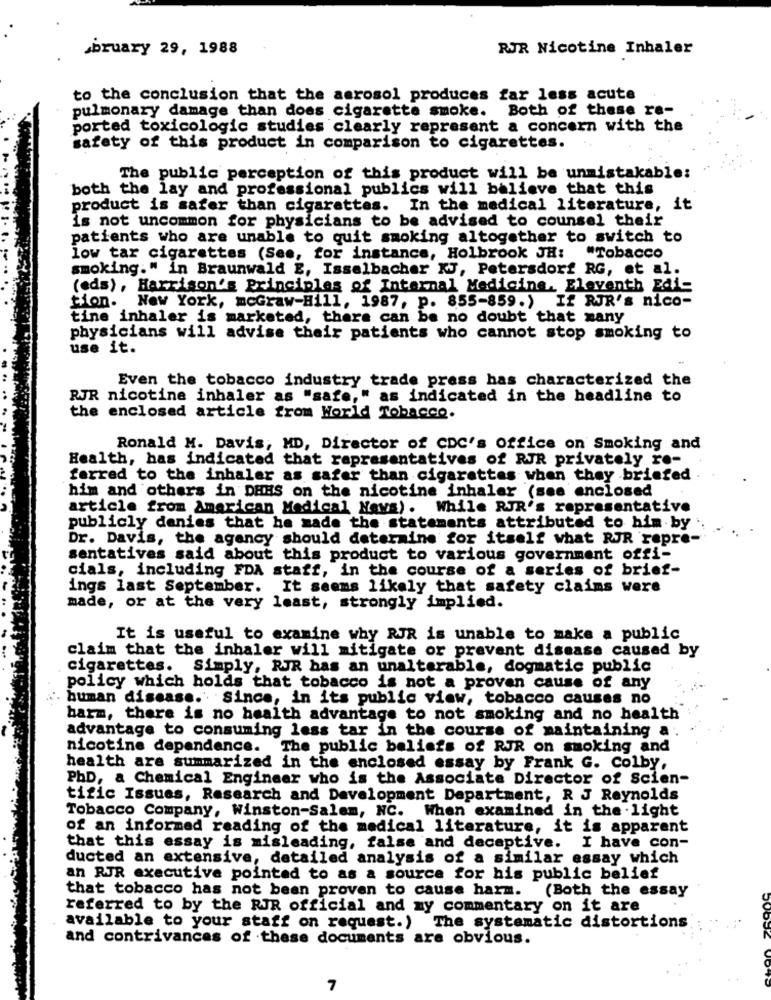
bruary 29, 1988
RJR Nicotine Inhaler
to the conclusion that the aerosol produces far less acute
pulmonary damage than does cigarette smoke. Both of these ra-
ported toxicologic studies clearly represent a concern with the
safety of this product in comparison to cigarettes.
The public perception of this product will be unmistakable:
both the lay and professional publics will believe that this
product is safer than cigarettes. In the medical literature,
it
is not uncommon for physicians to be advised to counsel their
patients who are unable to quit smoking altogether to switch to
low tar cigarettes (See, for instance, Holbrook JH:
"Tobacco
smoking." in Braunwald E, Isselbacher X, Petersdorf RG, et al.
(eds), Harrison's Principles of Internal Medicine, Eleventh Edie
tion. New York, mcGraw-Hill, 1987, p. 855-859.) If RJR's nico-
tine inhaler is marketed, there can be no doubt that zany
physicians will advise their patients who cannot stop smoking to
use it.
Even the tobacco industry trade press has characterized the
RJR nicotine inhaler as "safe," as indicated in the headline to
the enclosed article from World Tobacco.
Ronald M. Davis, MD, Director of CDC's Office on Smoking and
Health, has indicated that representatives of RJR privately re-
ferred to the inhaler as safer than cigarettes when they briefed
him and others in DHHS on the nicotine inhaler (see enclosed
article from American Medical News). While RJR's representative
publicly denies that he made the statements attributed to him by
Dr. Davis, the agency should determine for itself what RJR repre-
sentatives said about this product to various government offi-
cials, including FDA staff, in the course of a series of brief-
ings last September. It seems likely that safety claims were
made, or at the very least, strongly implied.
It is useful to examine why RJR is unable to make a public
claim that the inhaler will mitigate or prevent disease caused by
cigarettes. Simply, RJR has an unalterable, dogmatic public
policy which holds that tobacco is not a proven cause of any
buman disease.Since, in its public view, tobacco causes no
harm, there is no health advantage to not smoking and no health
advantage to consuming less tar in the course of maintaining a .
nicotine dependence. The public beliefs of RJR on smoking and
health are summarized in the enclosed essay by Frank G. Colby,
PhD, a Chemical Engineer who is the Associate Director of Scien-
tific Issues, Research and Development Department, R J Reynolds
Tobacco Company, Winston-Salem, NC. When examined in the light
of an informed reading of the medical literature, it is apparent
that this essay is misleading, false and deceptive. I have con-
ducted an extensive, detailed analysis of a similar essay which
an RJR executive pointed to as a source for his public belief
that tobacco has not been proven to cause harm. (Both the essay
referred to by the RIR official and my commentary on it are
available to your staff on request.) The systematic distortions
and contrivances of these documents are obvious.
7